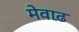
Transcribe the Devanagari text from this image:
मेवाढ़